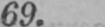
69.